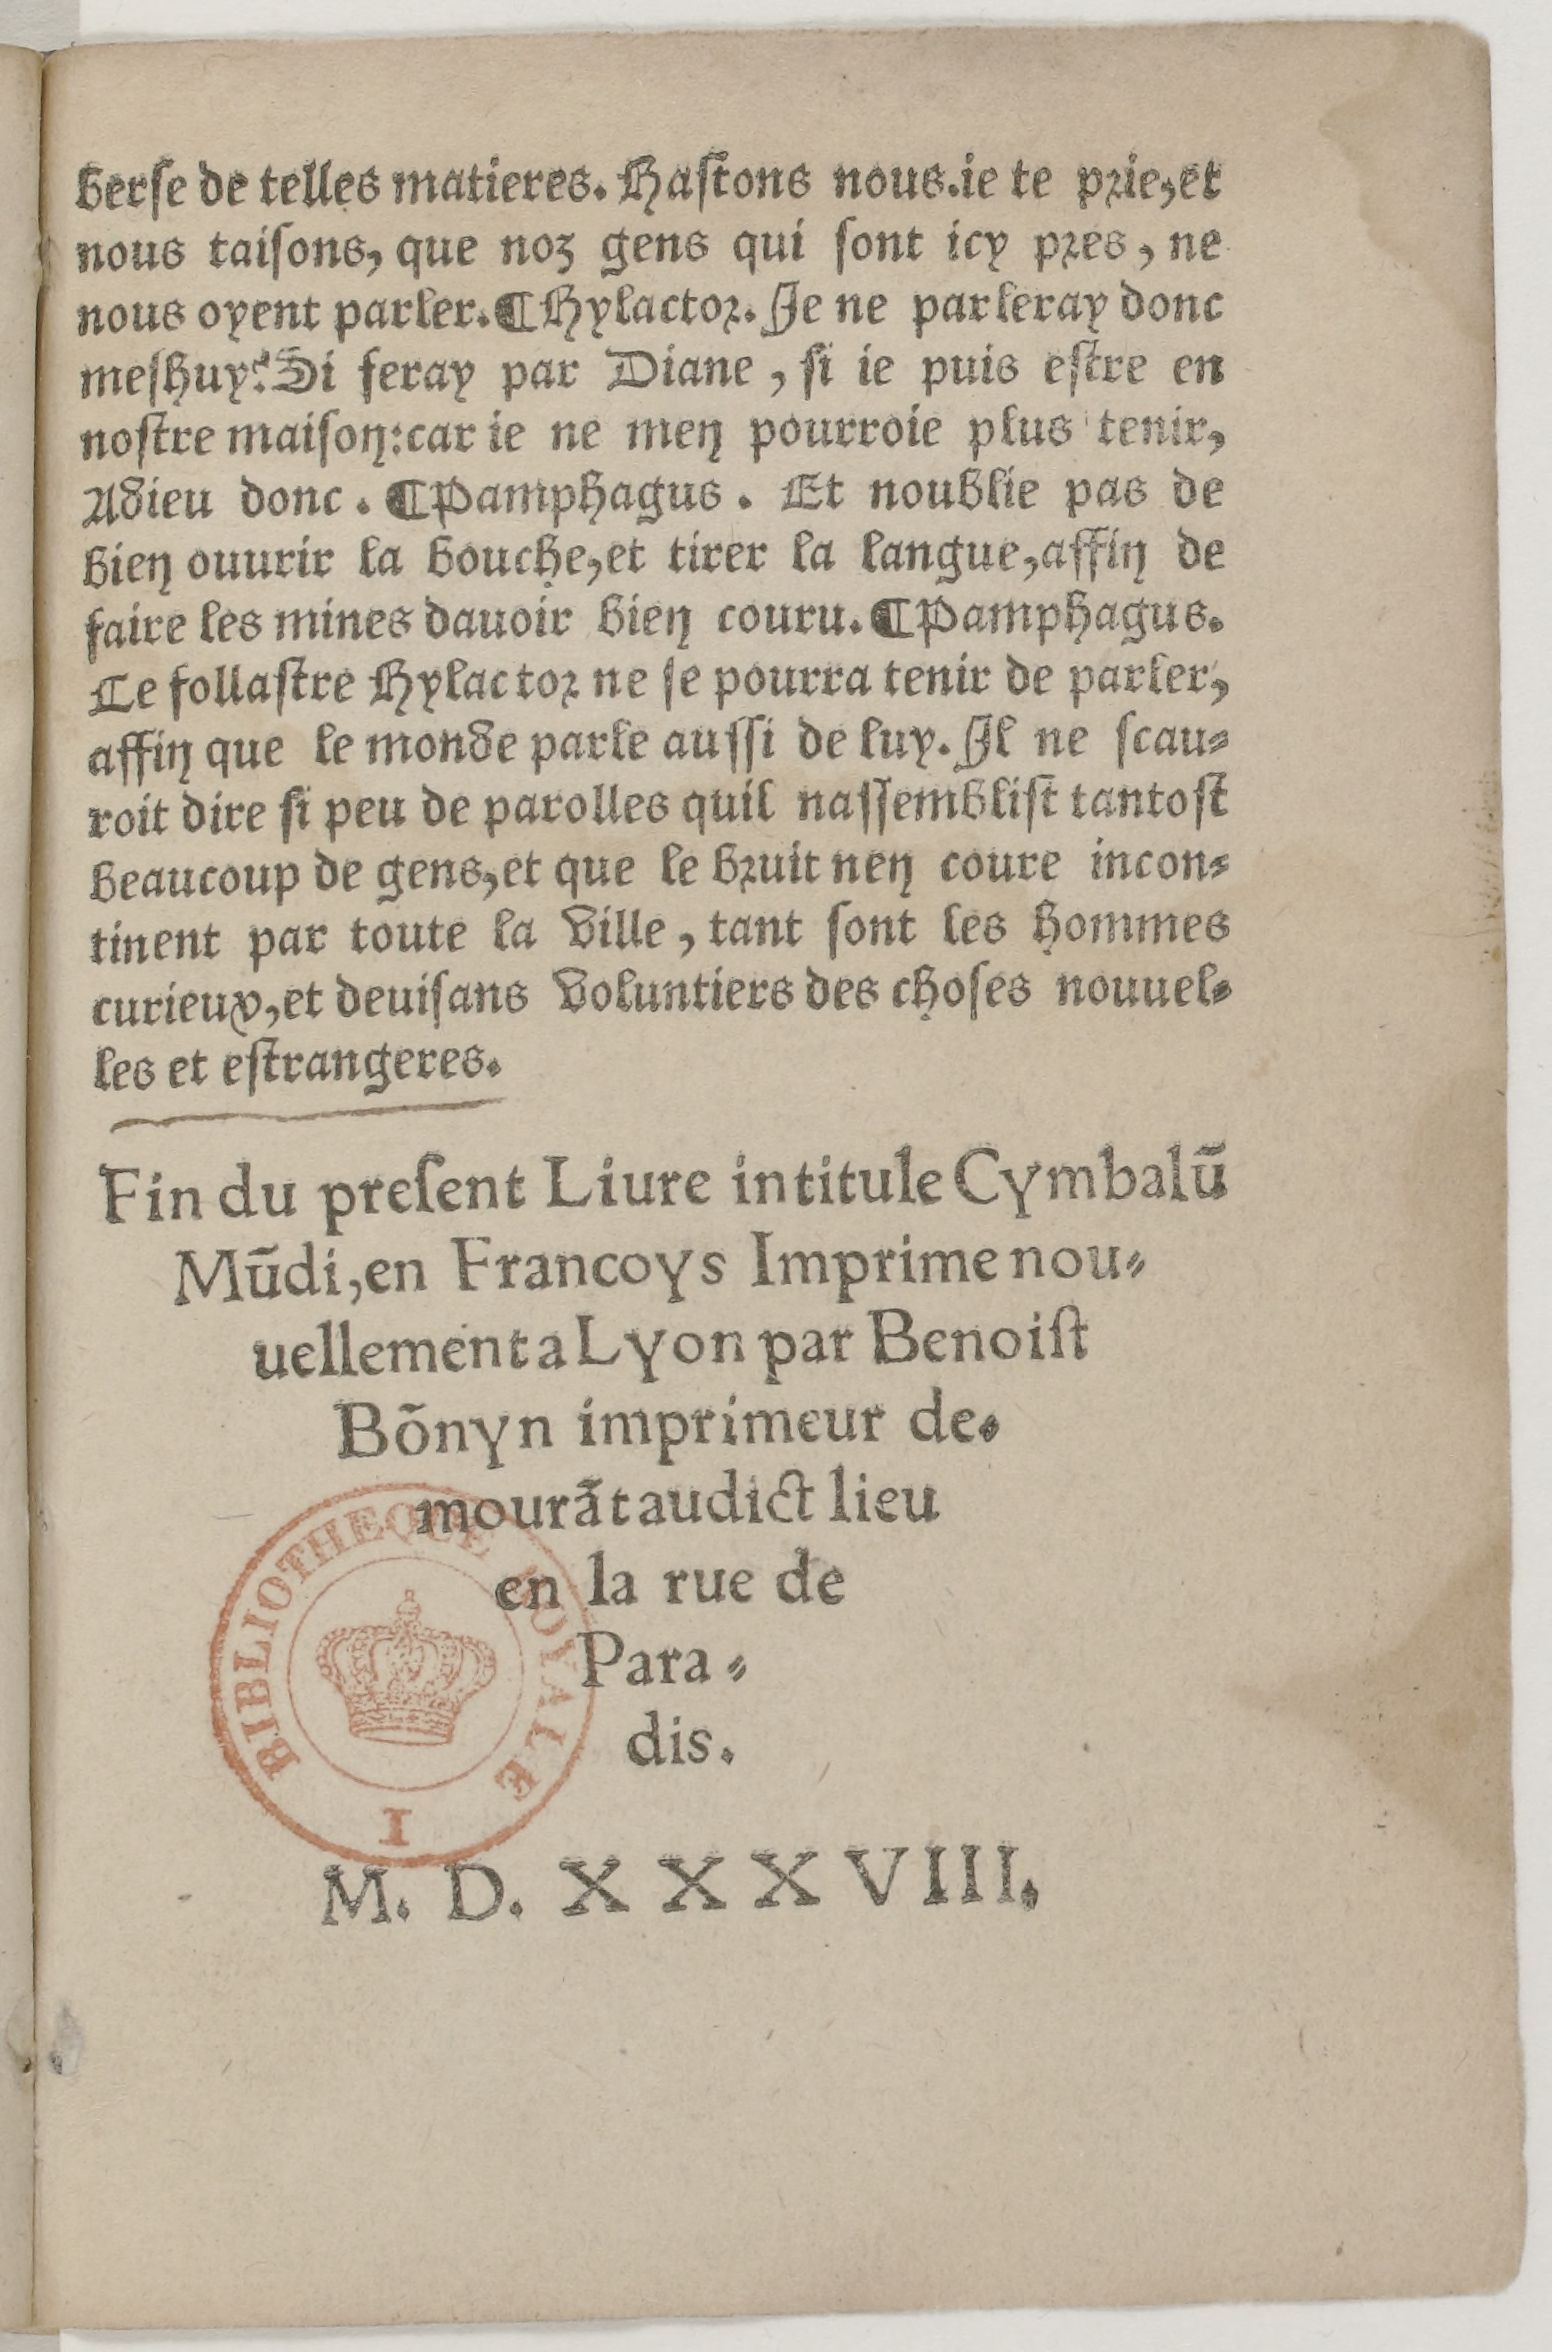
Shelfmark: Paris, BnF, Rés. Z-2442
Century: 16